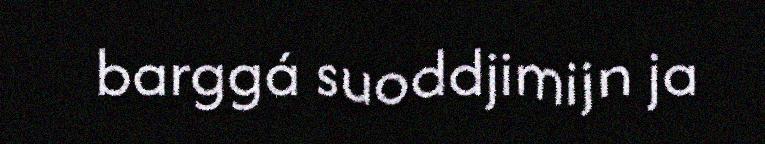
barggá suoddjimijn ja